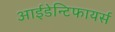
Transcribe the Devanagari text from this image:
आईडेन्टिफायर्स